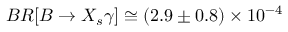
B R [ B \rightarrow X _ { s } \gamma ] \cong ( 2 . 9 \pm 0 . 8 ) \times 1 0 ^ { - 4 }